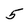
Character: 5